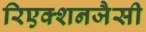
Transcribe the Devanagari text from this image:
रिएक्शनजैसी